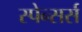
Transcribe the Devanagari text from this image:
स्पेन्सर्स